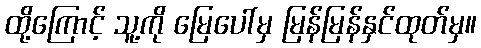
ထို့ကြောင့် သူ့ကို မြေပေါ်မှ မြန်မြန်နှင်ထုတ်မှ။